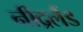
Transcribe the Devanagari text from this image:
नीद्रलैंड